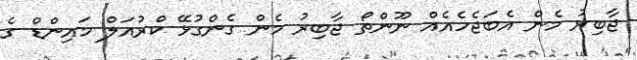
ޖާބިރު މެން އެބަޖެހެއެއް ނޫންތޯ ޖާބިރު މެން ގެންގުޅޭ ކްރުއަލް މައިންޑް ގެ